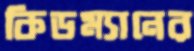
কিডম্যানের